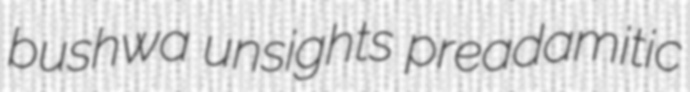
bushwa unsights preadamitic